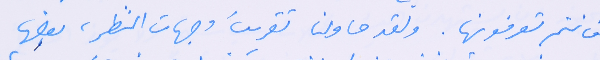
فانتم تعرفونها. ولقد حاولنا تقريبَ وجهات النظر، بعضها